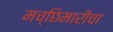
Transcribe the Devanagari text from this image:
मच्छिमारीचा